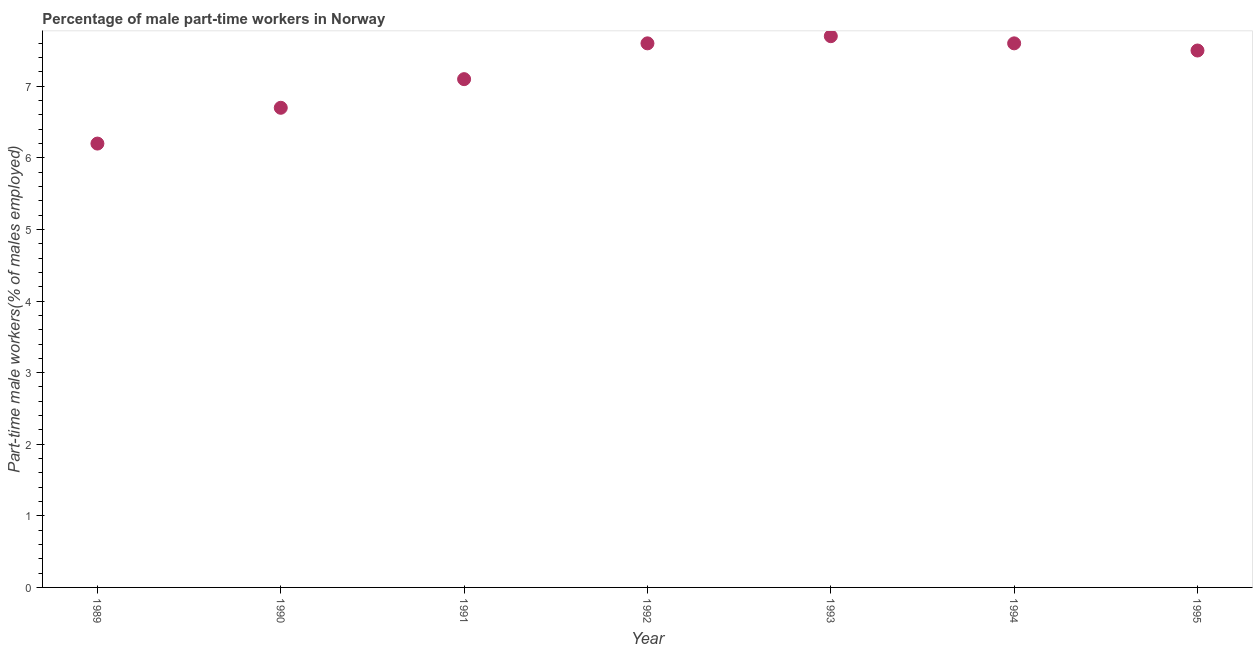
| Year | Part time employment |
 | --- | --- |
 | 1989 | 6.2 |
 | 1990 | 6.7 |
 | 1991 | 7.1 |
 | 1992 | 7.6 |
 | 1993 | 7.7 |
 | 1994 | 7.6 |
 | 1995 | 7.5 |